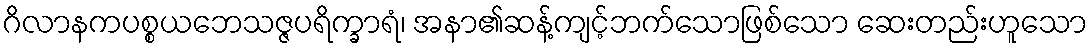
ဂိလာနကပစ္စယဘေသဇ္ဇပရိက္ခာရံ၊ အနာ၏ဆန့်ကျင့်ဘက်သောဖြစ်သော ဆေးတည်းဟူသော